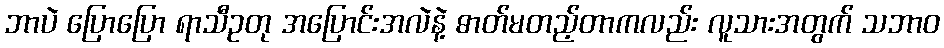
ဘာပဲ ပြောပြော ရာသီဥတု အပြောင်းအလဲနဲ့ ဓာတ်မတည့်တာကလည်း လူသားအတွက် သဘာဝ